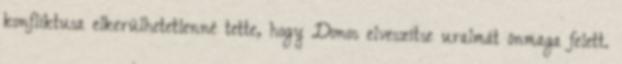
konfliktusa elkerülhetetlenné tette, hogy Donos elveszítse uralmát önmaga felett.